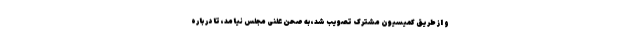
و از طریق کمیسیون مشترک تصویب شد، به صحن علنی مجلس نیامد، تا در باره